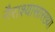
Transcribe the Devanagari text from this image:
नैराश्यासारख्या